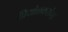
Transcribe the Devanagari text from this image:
प्रियोळकरांना